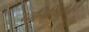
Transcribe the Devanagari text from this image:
ध्वनिफितीचेही